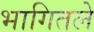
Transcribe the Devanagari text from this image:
भागितले